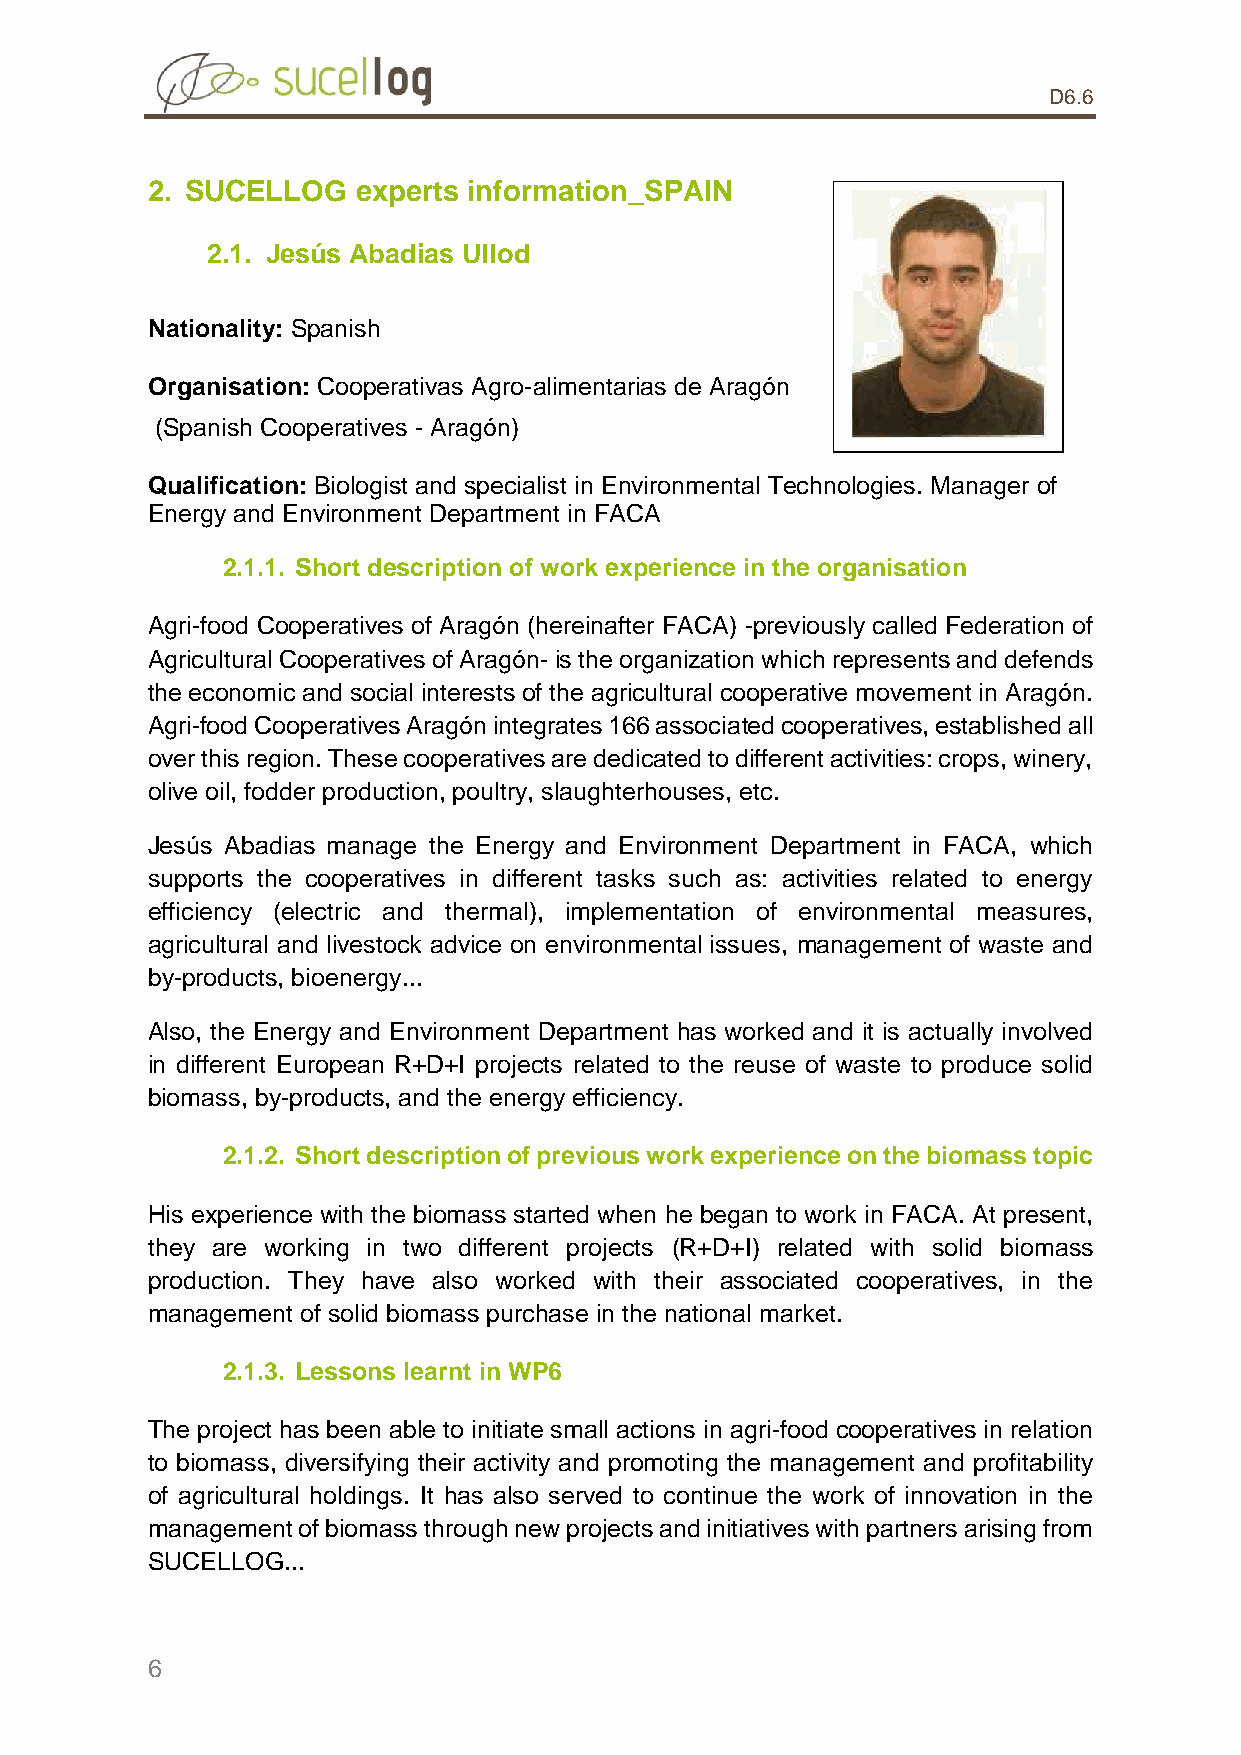
D6.6
 2. SUCELLOG   experts information_SPAIN
 2.1. Jesús Abadias Ullod
 Nationality: Spanish
 Organisation: Cooperativas Agro-alimentarias de Aragón
 (Spanish Cooperatives - Aragón)
 Qualification: Biologist and specialist in Environmental Technologies. Manager of
 Energy and Environment Department in FACA
 2.1.1. Short description of work experience in the organisation
 Agri-food Cooperatives of Aragón (hereinafter FACA) -previously called Federation of
 Agricultural Cooperatives of Aragón- is the organization which represents and defends
 the economic and social interests of the agricultural cooperative movement in Aragón.
 Agri-food Cooperatives Aragón integrates 166 associated cooperatives, established all
 over this region. These cooperatives are dedicated to different activities: crops, winery,
 olive oil, fodder production, poultry, slaughterhouses, etc.
 Jesús Abadias manage the Energy and Environment Department in FACA, which
 supports the cooperatives in different tasks such as: activities related to energy
 efficiency (electric and thermal), implementation of environmental measures,
 agricultural and livestock advice on environmental issues, management of waste and
 by-products, bioenergy...
 Also, the Energy and Environment Department has worked and it is actually involved
 in different European R+D+I projects related to the reuse of waste to produce solid
 biomass, by-products, and the energy efficiency.
 2.1.2. Short description of previous work experience on the biomass topic
 His experience with the biomass started when he began to work in FACA. At present,
 they are working in two different projects (R+D+I) related with solid biomass
 production. They have also worked with their associated cooperatives, in the
 management of solid biomass purchase in the national market.
 2.1.3. Lessons learnt in WP6
 The project has been able to initiate small actions in agri-food cooperatives in relation
 to biomass, diversifying their activity and promoting the management and profitability
 of agricultural holdings. It has also served to continue the work of innovation in the
 management of biomass through new projects and initiatives with partners arising from
 SUCELLOG...
 6